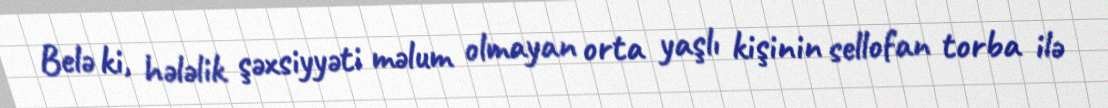
Belə ki, hələlik şəxsiyyəti məlum olmayan orta yaşlı kişinin sellofan torba ilə